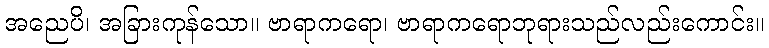
အညေပိ၊ အခြားကုန်သော။ ဗာရာကရော၊ ဗာရာကရောဘုရားသည်လည်းကောင်း။